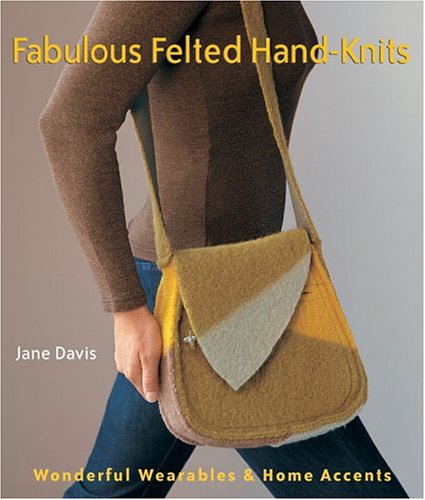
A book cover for Fabulous Felted Hand-Knits: Wonderful Wearables & Home Accents; Jane Davis; Crafts, Hobbies & Home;